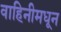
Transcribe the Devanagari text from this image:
वाहिनीमधून